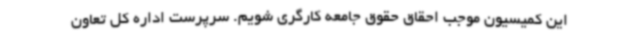
این کمیسیون موجب احقاق حقوق جامعه کارگری شویم. سرپرست اداره کل تعاون